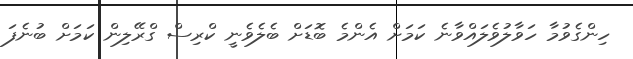
ހިންގެވުމާ ހަވާލުވެލައްވާނެ ކަމަށް އެންމެ ބޮޑަށް ބެލެވެނީ ކްރިސް ގްރޭލިން ކަމަށް ބުނެފަ